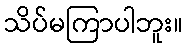
သိပ်မကြာပါဘူး။